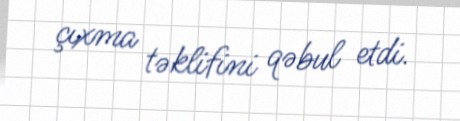
çıxma təklifini qəbul etdi.